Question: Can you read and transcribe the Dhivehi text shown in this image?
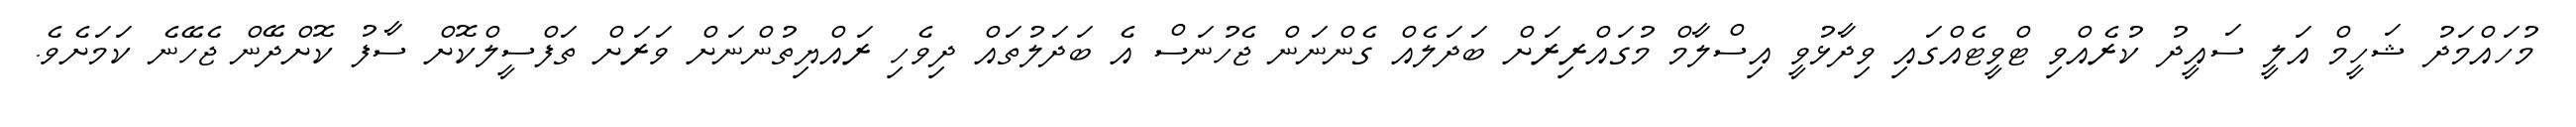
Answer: މުހައްމަދު ޝަހީމް އަލީ ސައީދު ކުރެއްވި ޓްވީޓެއްގައި ވިދާޅުވީ އިސްލާމް މުގައްރިރަށް ބަދަލެއް ގެންނަން ޖެހުނަސް އެ ބަދަލުތައް ދިވެހި ރައްޔިތުންނަށް ވަރަށް ތަފްސީލްކޮށް ސާފު ކޮށްދޭން ޖެހޭނެ ކަމަށެވެ.